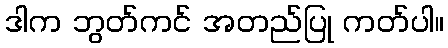
ဒါက ဘွတ်ကင် အတည်ပြု ကတ်ပါ။